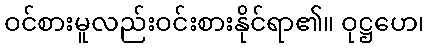
ဝင်စားမူလည်းဝင်းစားနိုင်ရာ၏။ ဝုဋ္ဌဟေ၊